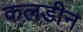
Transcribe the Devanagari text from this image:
कलडीन